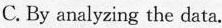
C.By analyzing the data.